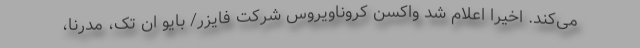
می‌کند. اخیرا اعلام شد واکسن کروناویروس شرکت فایزر/ بایو ان تک، مدرنا،